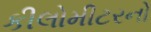
કીલોમીટરનો